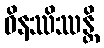
ဝိနဿိဿန္တိ